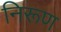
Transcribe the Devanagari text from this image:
निरूण